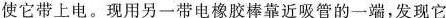
使它带上电。现用另一带电橡胶棒靠近吸管的一端，发现它